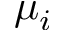
\mu _ { i }